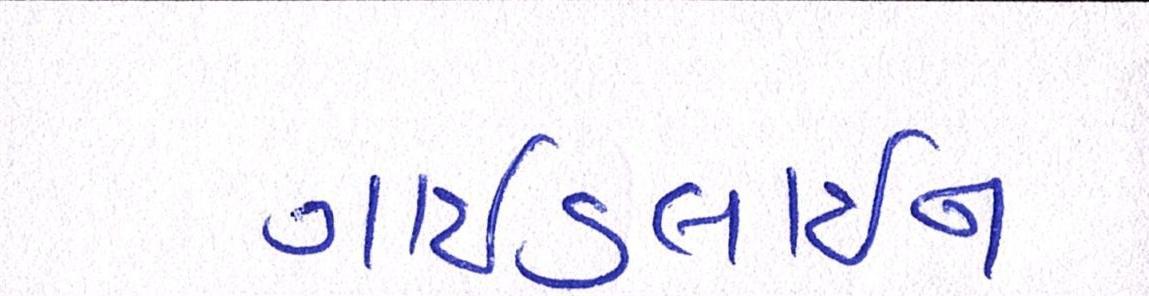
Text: ગાઈડલાઈન